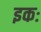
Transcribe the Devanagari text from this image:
इकः